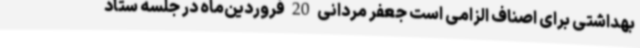
بهداشتی برای اصناف الزامی است جعفر مردانی 20 فروردین‌ماه در جلسه ستاد